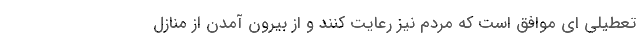
تعطیلی ای موافق است که مردم نیز رعایت کنند و از بیرون آمدن از منازل